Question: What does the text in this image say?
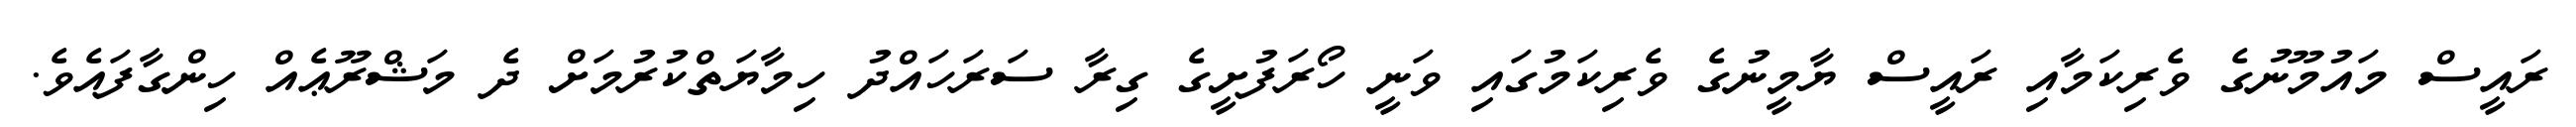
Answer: ރައީސް މައުމޫނުގެ ވެރިކަމާއި ރައީސް ޔާމީނުގެ ވެރިކަމުގައި ވަނީ ހޯރަފުށީގެ ގިރާ ސަރަހައްދު ހިމާޔަތްކުރުމަށް ދެ މަޝްރޫޢެއް ހިންގާފައެވެ.